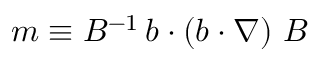
m \equiv B ^ { - 1 } \, \boldsymbol { b } \cdot \left( \boldsymbol { b } \cdot \boldsymbol { \nabla } \right) \, \boldsymbol { B }